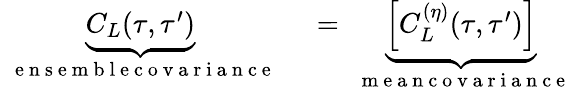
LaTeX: \begin{array}{rl}{\underbrace{C_{L}(\tau,\tau^{\prime})}_{\mathrm{~\textrm~{~e~n~s~e~m~b~l~e~c~o~v~a~r~i~a~n~c~e~}~}}}&{{}=\underbrace{\left[C_{L}^{(\eta)}(\tau,\tau^{\prime})\right]}_{\mathrm{~\textrm~{~m~e~a~n~c~o~v~a~r~i~a~n~c~e~}~}}}\end{array}